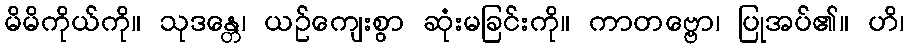
မိမိကိုယ်ကို။ သုဒန္တေ၊ ယဉ်ကျေးစွာ ဆုံးမခြင်းကို။ ကာတဗ္ဗော၊ ပြုအပ်၏။ ဟိ၊